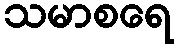
သမာစရေ